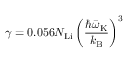
\gamma = 0 . 0 5 6 N _ { \mathrm { L i } } \left( \frac { \hbar \bar { \omega } _ { \mathrm { K } } } { k _ { \mathrm { B } } } \right) ^ { 3 }